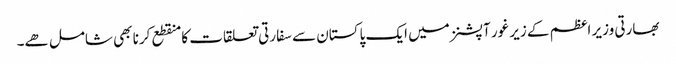
بھارتی وزیر اعظم کے زیر غور آپشنز میں ایک پاکستان سے سفارتی تعلقات کا منقطع کرنا بھی شامل ھے۔